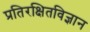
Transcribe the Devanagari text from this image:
प्रतिरक्षितविज्ञान